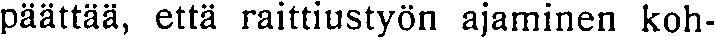
päättää, että raittiustyön ajaminen koh-